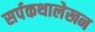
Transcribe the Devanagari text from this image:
सर्पकथालेखन